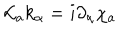
LaTeX: { \cal L } _ { a } k _ { \alpha } = i \partial _ { \alpha } \chi _ { a }